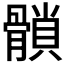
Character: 𩪈